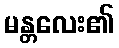
မန္တလေး၏